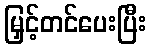
မြှင့်တင်ပေးပြီး